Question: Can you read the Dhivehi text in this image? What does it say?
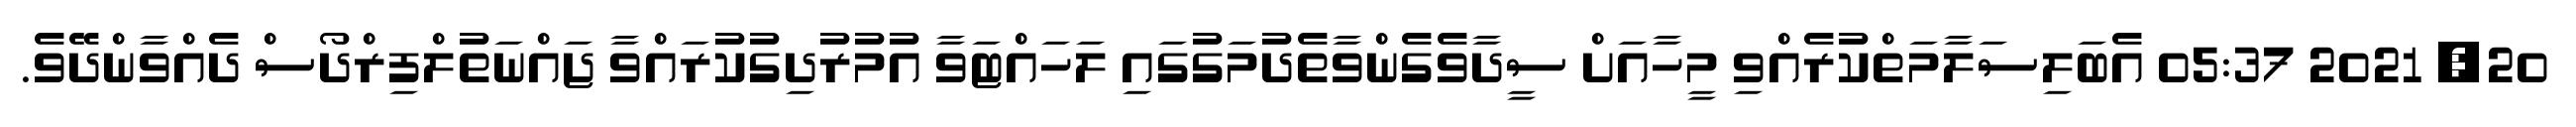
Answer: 20, 2021 05:37 އެބަލިސަލާމަތްކުރެއްވި މީހާއަށް ސީދާވެގެންވާތެދުމަގުގައި ލަހައްޓަވާ އުމުރުދިގުކުރައްވާ ޖައްނަތުލްފިރްދޯސް ދެއްވާންދޭވެ.